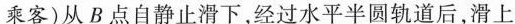
乘客)从B点自静止滑下，经过水平半圆轨道后，滑上